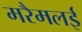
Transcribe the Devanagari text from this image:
मरैमलई